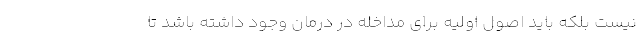
نیست بلکه باید اصول اولیه برای مداخله در درمان وجود داشته باشد تا